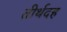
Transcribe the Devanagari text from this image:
तीर्थदह